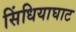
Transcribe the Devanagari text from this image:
सिंधियाघाट